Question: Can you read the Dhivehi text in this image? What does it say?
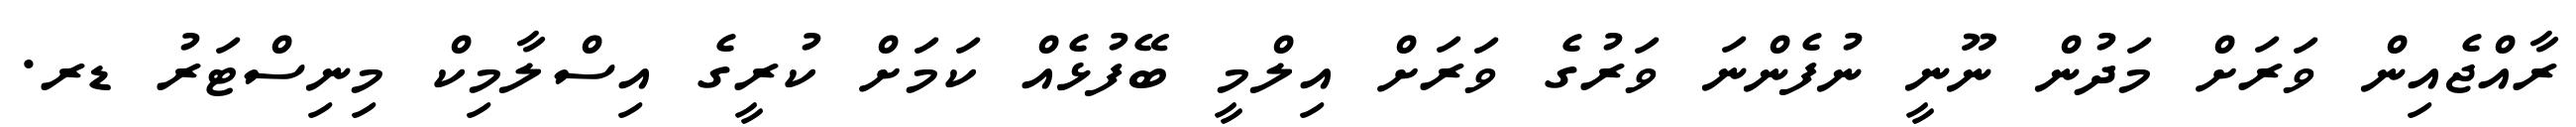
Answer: ރާއްޖެއިން ވަރަށް މަދުން ނޫނީ ނުފެންނަ ވަރުގެ ވަރަށް އިލްމީ ބޭފުޅެއް ކަމަށް ކުރީގެ އިސްލާމިކް މިނިސްޓަރު ޑރ.